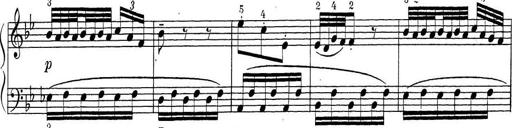
Title: ÄŒeskÃ© Sonatiny
Composer: Various